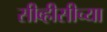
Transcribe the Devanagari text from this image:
सीव्हीसीच्या